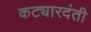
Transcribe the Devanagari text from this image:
कट्यारदंती